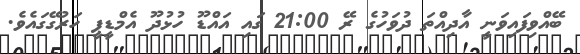
ބޭއްވިފައިވަނީ އާދިއްތަ ދުވަހުގެ ރޭ 21:00 ގައި އައްޑޫ ހުޅުދޫ އެމްޑީޕީ ހަރުގޭގައެވެ.